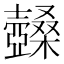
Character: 𡕏